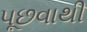
પૂછવાથી